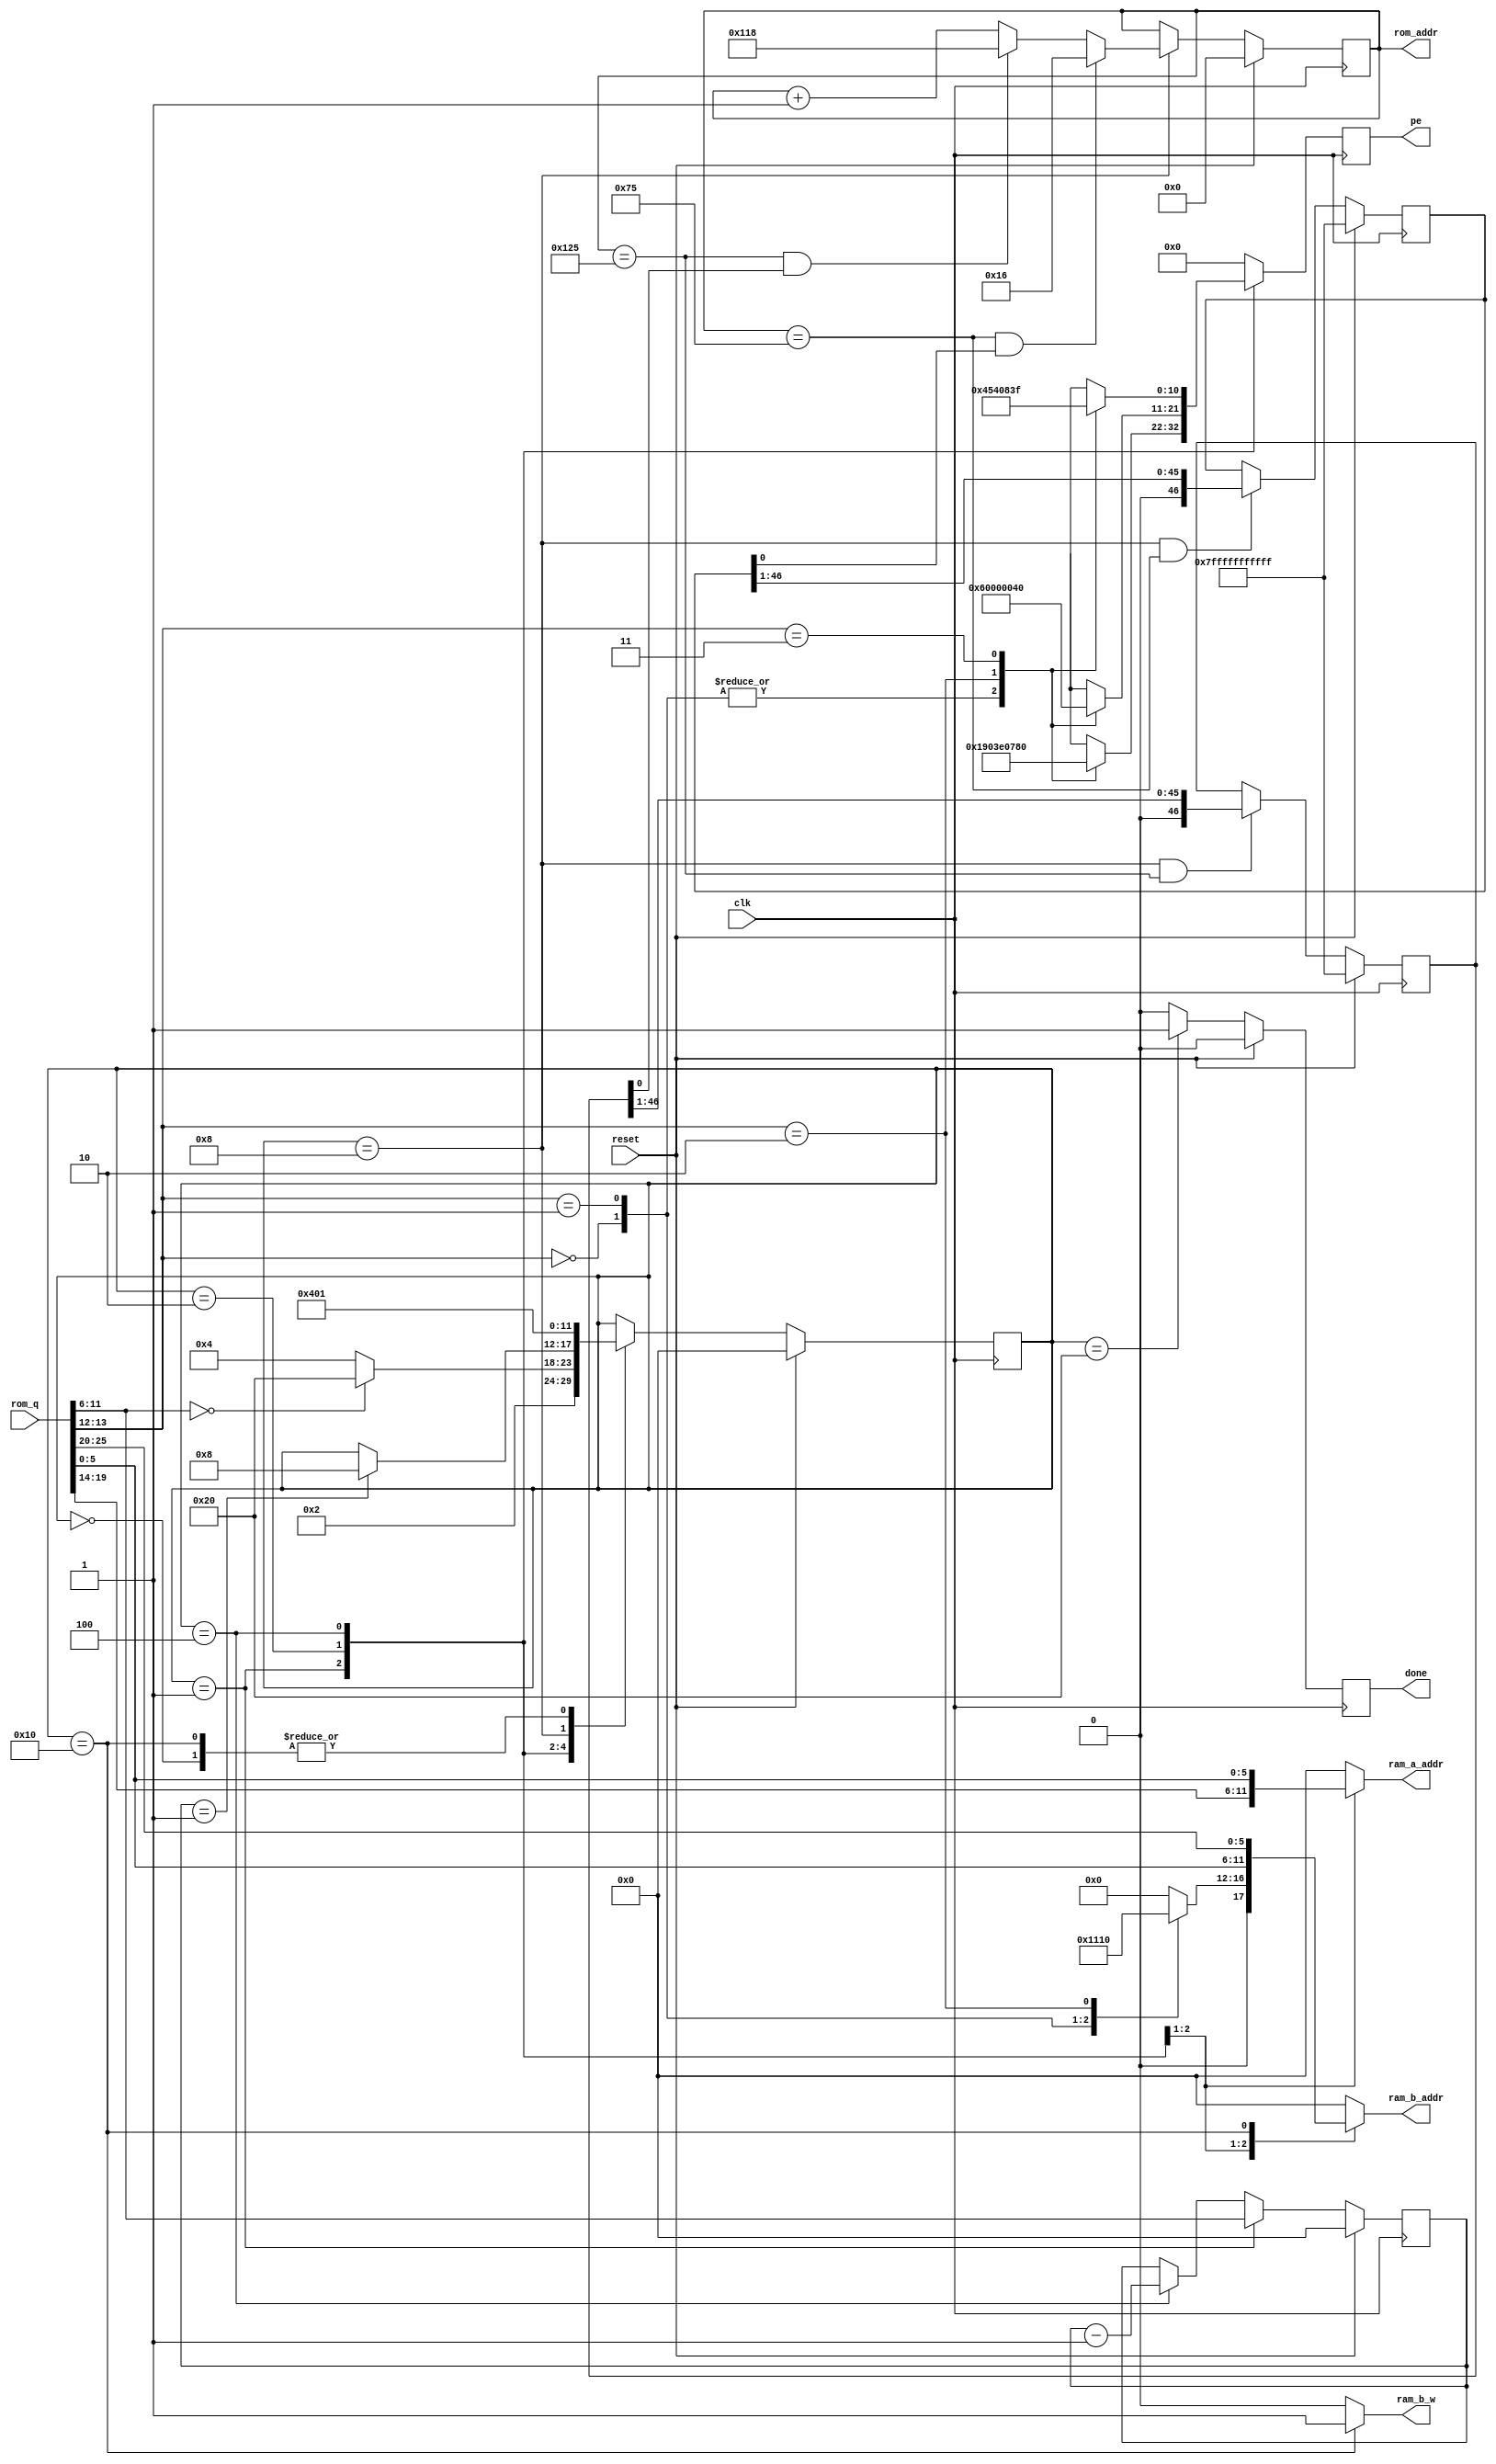
module FSM_2(clk, reset, rom_addr, rom_q, ram_a_addr, ram_b_addr, ram_b_w, pe, done);
    input clk;
    input reset;
    output reg [8:0] rom_addr; 
    input [25:0] rom_q; 
    output reg [5:0] ram_a_addr;
    output reg [5:0] ram_b_addr;
    output ram_b_w;
    output reg [10:0] pe;
    output reg done;
    reg [5:0] state;
    parameter START=0, READ_SRC1=1, READ_SRC2=2, CALC=4, WAIT=8, WRITE=16, DON=32;
    wire [5:0] dest, src1, src2, times; wire [1:0] op;
    assign {dest, src1, op, times, src2} = rom_q;
    reg [5:0] count;
    always @ (posedge clk)
       if (reset) 
          state<=START; 
       else 
          case (state)
             START:
                state<=READ_SRC1;
             READ_SRC1:
                state<=READ_SRC2;
             READ_SRC2:
                if (times==0) state<=DON; else state<=CALC;
             CALC:
                if (count==1) state<=WAIT;
             WAIT:
                state<=WRITE;
             WRITE:
                state<=READ_SRC1;
          endcase
    parameter  LOOP1_START = 9'd22,
               LOOP1_END   = 9'd117,
               LOOP2_START = 9'd280,
               LOOP2_END   = 9'd293;
    reg [46:0] loop1, loop2;
	always @ (posedge clk)
	   if (reset) rom_addr<=0;
	   else if (state==WAIT)
          begin
             if(rom_addr == LOOP1_END && loop1[0])
                rom_addr <= LOOP1_START;
             else if(rom_addr == LOOP2_END && loop2[0])
                rom_addr <= LOOP2_START;
             else
                rom_addr <= rom_addr + 1; 
	      end
	always @ (posedge clk)
	   if (reset) loop1 <= ~0;
	   else if(state==WAIT && rom_addr==LOOP1_END)
          loop1 <= loop1 >> 1;
	always @ (posedge clk)
	   if (reset) loop2 <= ~0;
	   else if(state==WAIT && rom_addr==LOOP2_END)
          loop2 <= loop2 >> 1;
	always @ (posedge clk)
	   if (reset)
          count<=0;
	   else if (state==READ_SRC1)
          count<=times;
	   else if (state==CALC)
          count<=count-1;
	always @ (posedge clk)
	   if (reset) done<=0;
	   else if (state==DON) done<=1;
	   else done<=0;
    always @ (state, src1, src2)
       case (state)
       READ_SRC1: ram_a_addr=src1;
       READ_SRC2: ram_a_addr=src2;
       default: ram_a_addr=0;
       endcase
    parameter CMD_ADD=6'd4, CMD_SUB=6'd8, CMD_CUBIC=6'd16,
              ADD=2'd0, SUB=2'd1, CUBIC=2'd2, MULT=2'd3;
    always @ (posedge clk)
       case (state)
       READ_SRC1:
          case (op)
          ADD:   pe<=11'b11001000000;
          SUB:   pe<=11'b11001000000;
          CUBIC: pe<=11'b11111000000;
          MULT:  pe<=11'b11110000000;
          default: pe<=0;
          endcase
       READ_SRC2:
          case (op)
          ADD:   pe<=11'b00110000000;
          SUB:   pe<=11'b00110000000;
          CUBIC: pe<=0;
          MULT:  pe<=11'b00001000000;
          default: pe<=0;
          endcase
       CALC:
          case (op)
          ADD:   pe<=11'b00000010001;
          SUB:   pe<=11'b00000010001;
          CUBIC: pe<=11'b01010000001;
          MULT:  pe<=11'b00000111111;
          default: pe<=0;
          endcase
       default: 
          pe<=0;
       endcase
    always @ (state, op, src2, dest)
       case (state)
       READ_SRC1: 
          case (op)
          ADD: ram_b_addr=CMD_ADD;
          SUB: ram_b_addr=CMD_SUB;
          CUBIC: ram_b_addr=CMD_CUBIC;
          default: ram_b_addr=0;
          endcase
       READ_SRC2: ram_b_addr=src2;
       WRITE: ram_b_addr=dest;
       default: ram_b_addr=0;
       endcase
    assign ram_b_w = (state==WRITE) ? 1'b1 : 1'b0;
endmodule